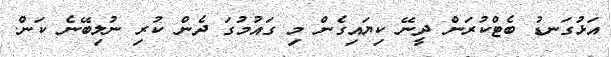
އަޅުގަނޑު ބެޓްކުރަން ދީނޭ ކިޔައިގެން މި ގައުމުގަ ދެން ކުރި ނުލިބޭނެ ކަން.